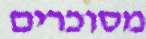
מסוכרים